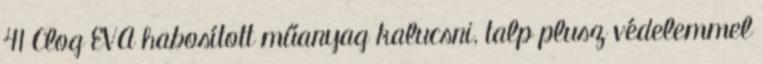
41 Clog EVA habosított műanyag kalucsni, talp plusz védelemmel